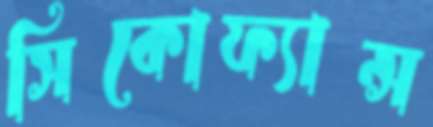
সিকোফ্যান্স